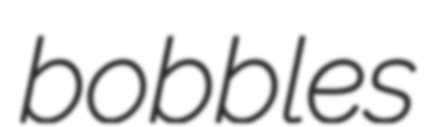
bobbles